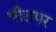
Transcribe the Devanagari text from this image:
पीठपर